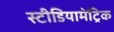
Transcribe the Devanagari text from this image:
स्टीडियामेट्रिक